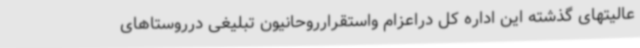
عالیتهای گذشته این اداره کل دراعزام واستقرارروحانیون تبلیغی درروستاهای